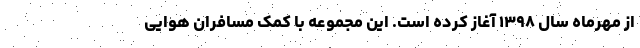
از مهرماه سال ۱۳۹۸ آغاز کرده است. این مجموعه با کمک مسافران هوایی